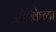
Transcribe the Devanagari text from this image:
अम्रेरिकेच्या